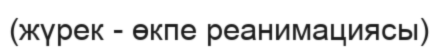
(жүрек - өкпе реанимациясы)